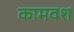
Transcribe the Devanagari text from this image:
कामवश